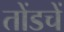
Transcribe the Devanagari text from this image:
तोंडचें